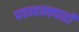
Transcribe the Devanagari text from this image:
पवन्चक्क्याही